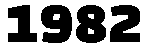
1982